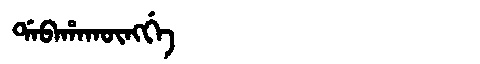
Manchu: ᡩᠠᠪᠠᡥᠠᡴᡡᠩᡤᡝ
Romanization: DABAHAKŪNGGE